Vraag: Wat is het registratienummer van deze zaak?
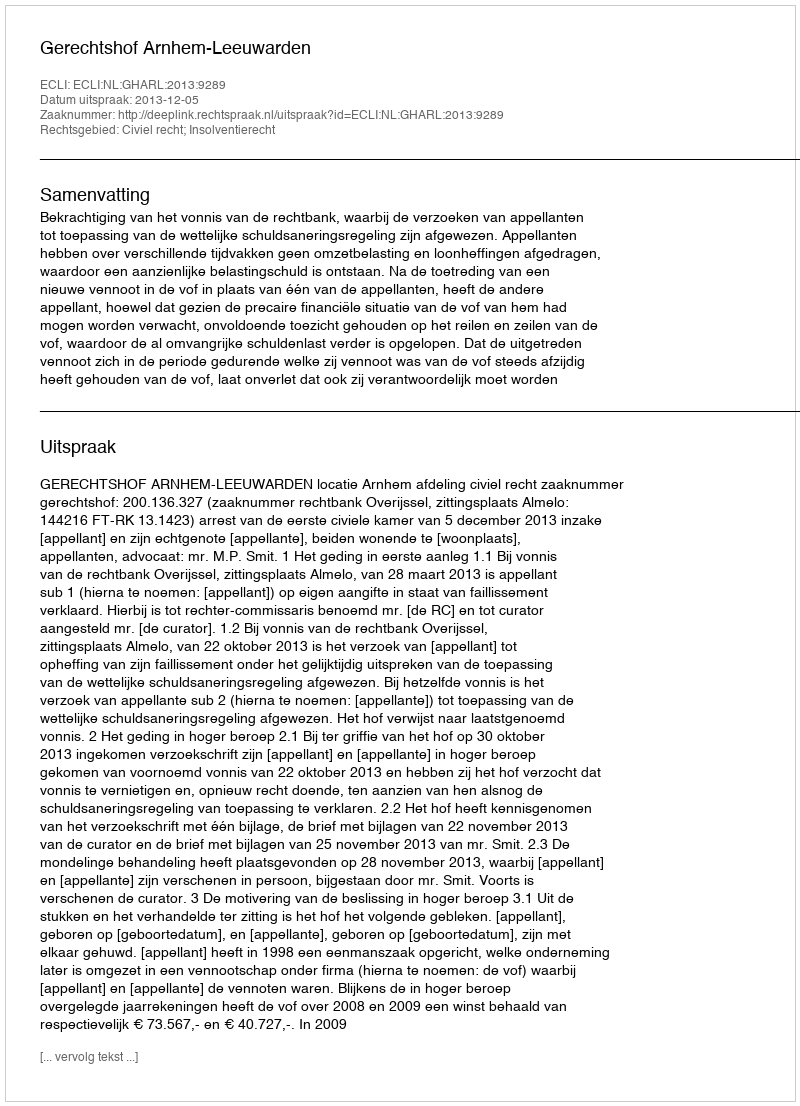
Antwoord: http://deeplink.rechtspraak.nl/uitspraak?id=ECLI:NL:GHARL:2013:9289